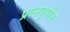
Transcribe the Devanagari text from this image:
प्रत्नयुगीन